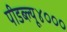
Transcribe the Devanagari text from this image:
पीडब्ल्यू४०००